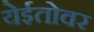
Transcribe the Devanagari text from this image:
येईतोवर